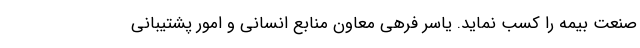
صنعت بیمه را کسب نماید. یاسر فرهی معاون منابع انسانی و امور پشتیبانی